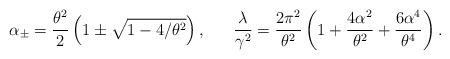
LaTeX: \begin{align*}\alpha_\pm = \frac{\theta^2}{2} \left( 1 \pm \sqrt{1 -4/\theta^2} \right), \ \ \ \ \ \frac{\lambda}{\gamma^2} =\frac{2\pi^2}{\theta^2} \left( 1 + \frac{4\alpha^2}{\theta^2}+ \frac{6\alpha^4}{\theta^4} \right).\end{align*}